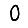
Digit: 0